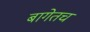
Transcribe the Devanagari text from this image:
बागेतच